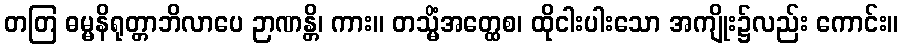
တတြ ဓမ္မနိရုတ္တာဘိလာပေ ဉာဏန္တိ၊ ကား။ တသ္မိံအတ္ထေစ၊ ထိုငါးပါးသော အကျိုး၌လည်း ကောင်း။